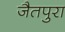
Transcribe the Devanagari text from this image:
जैतपुरा